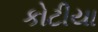
કોટીયા